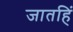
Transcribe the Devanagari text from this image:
जातहिं